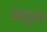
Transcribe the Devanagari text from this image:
तम्पुरण